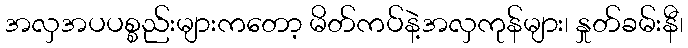
အလှအပပစ္စည်းများကတော့ မိတ်ကပ်နဲ့အလှကုန်များ၊ နှုတ်ခမ်းနီ၊